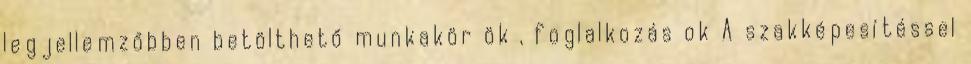
legjellemzőbben betölthető munkakör ök , foglalkozás ok A szakképesítéssel